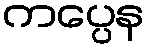
ကပ္ပေန